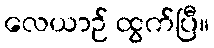
လေယာဉ် ထွက်ပြီ။